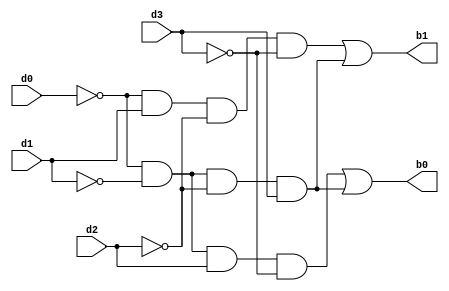
module encoder4to2(b0, b1, d0, d1, d2, d3);
 output b0,b1;
 input d0, d1, d2, d3;
 wire t0, t1, t2, t3, t4, t5, t6, t7;
 not n0(t0, d0);
 not n1(t1, d1);
 not n2(t2, d2);
 not n3(t3, d3);
 and a0(t4, t0, t1, d2, t3);
 and a1(t5, t0, t1, t2, d3);
 and a2(t6, t0, d1, t2, t3);
 and a3(t7, t0, t1, t2, d3);
 or o0(b0, t4, t5);
 or o1(b1, t6, t7);
endmodule


module test;
 wire b0, b1;
 reg d0, d1, d2, d3;
 encoder4to2 encg(b0, b1, d0, d1, d2, d3);
 initial
 begin
 $dumpfile("dump.vcd");
 $dumpvars(0, test);
 d0 = 1; d1 = 0; d2 = 0; d3 = 0;
 #40
 d0 = 0; d1 = 1; d2 = 0; d3 = 0;
 #40
 d0 = 0; d1 = 0; d2 = 1; d3 = 0;
 #40
 d0 = 0; d1 = 0; d2 = 0; d3 = 1;
 #40
 $finish;
 end
endmodule